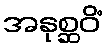
အနုစ္ဆဝိံ